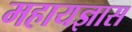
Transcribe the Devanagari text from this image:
महायज्ञास